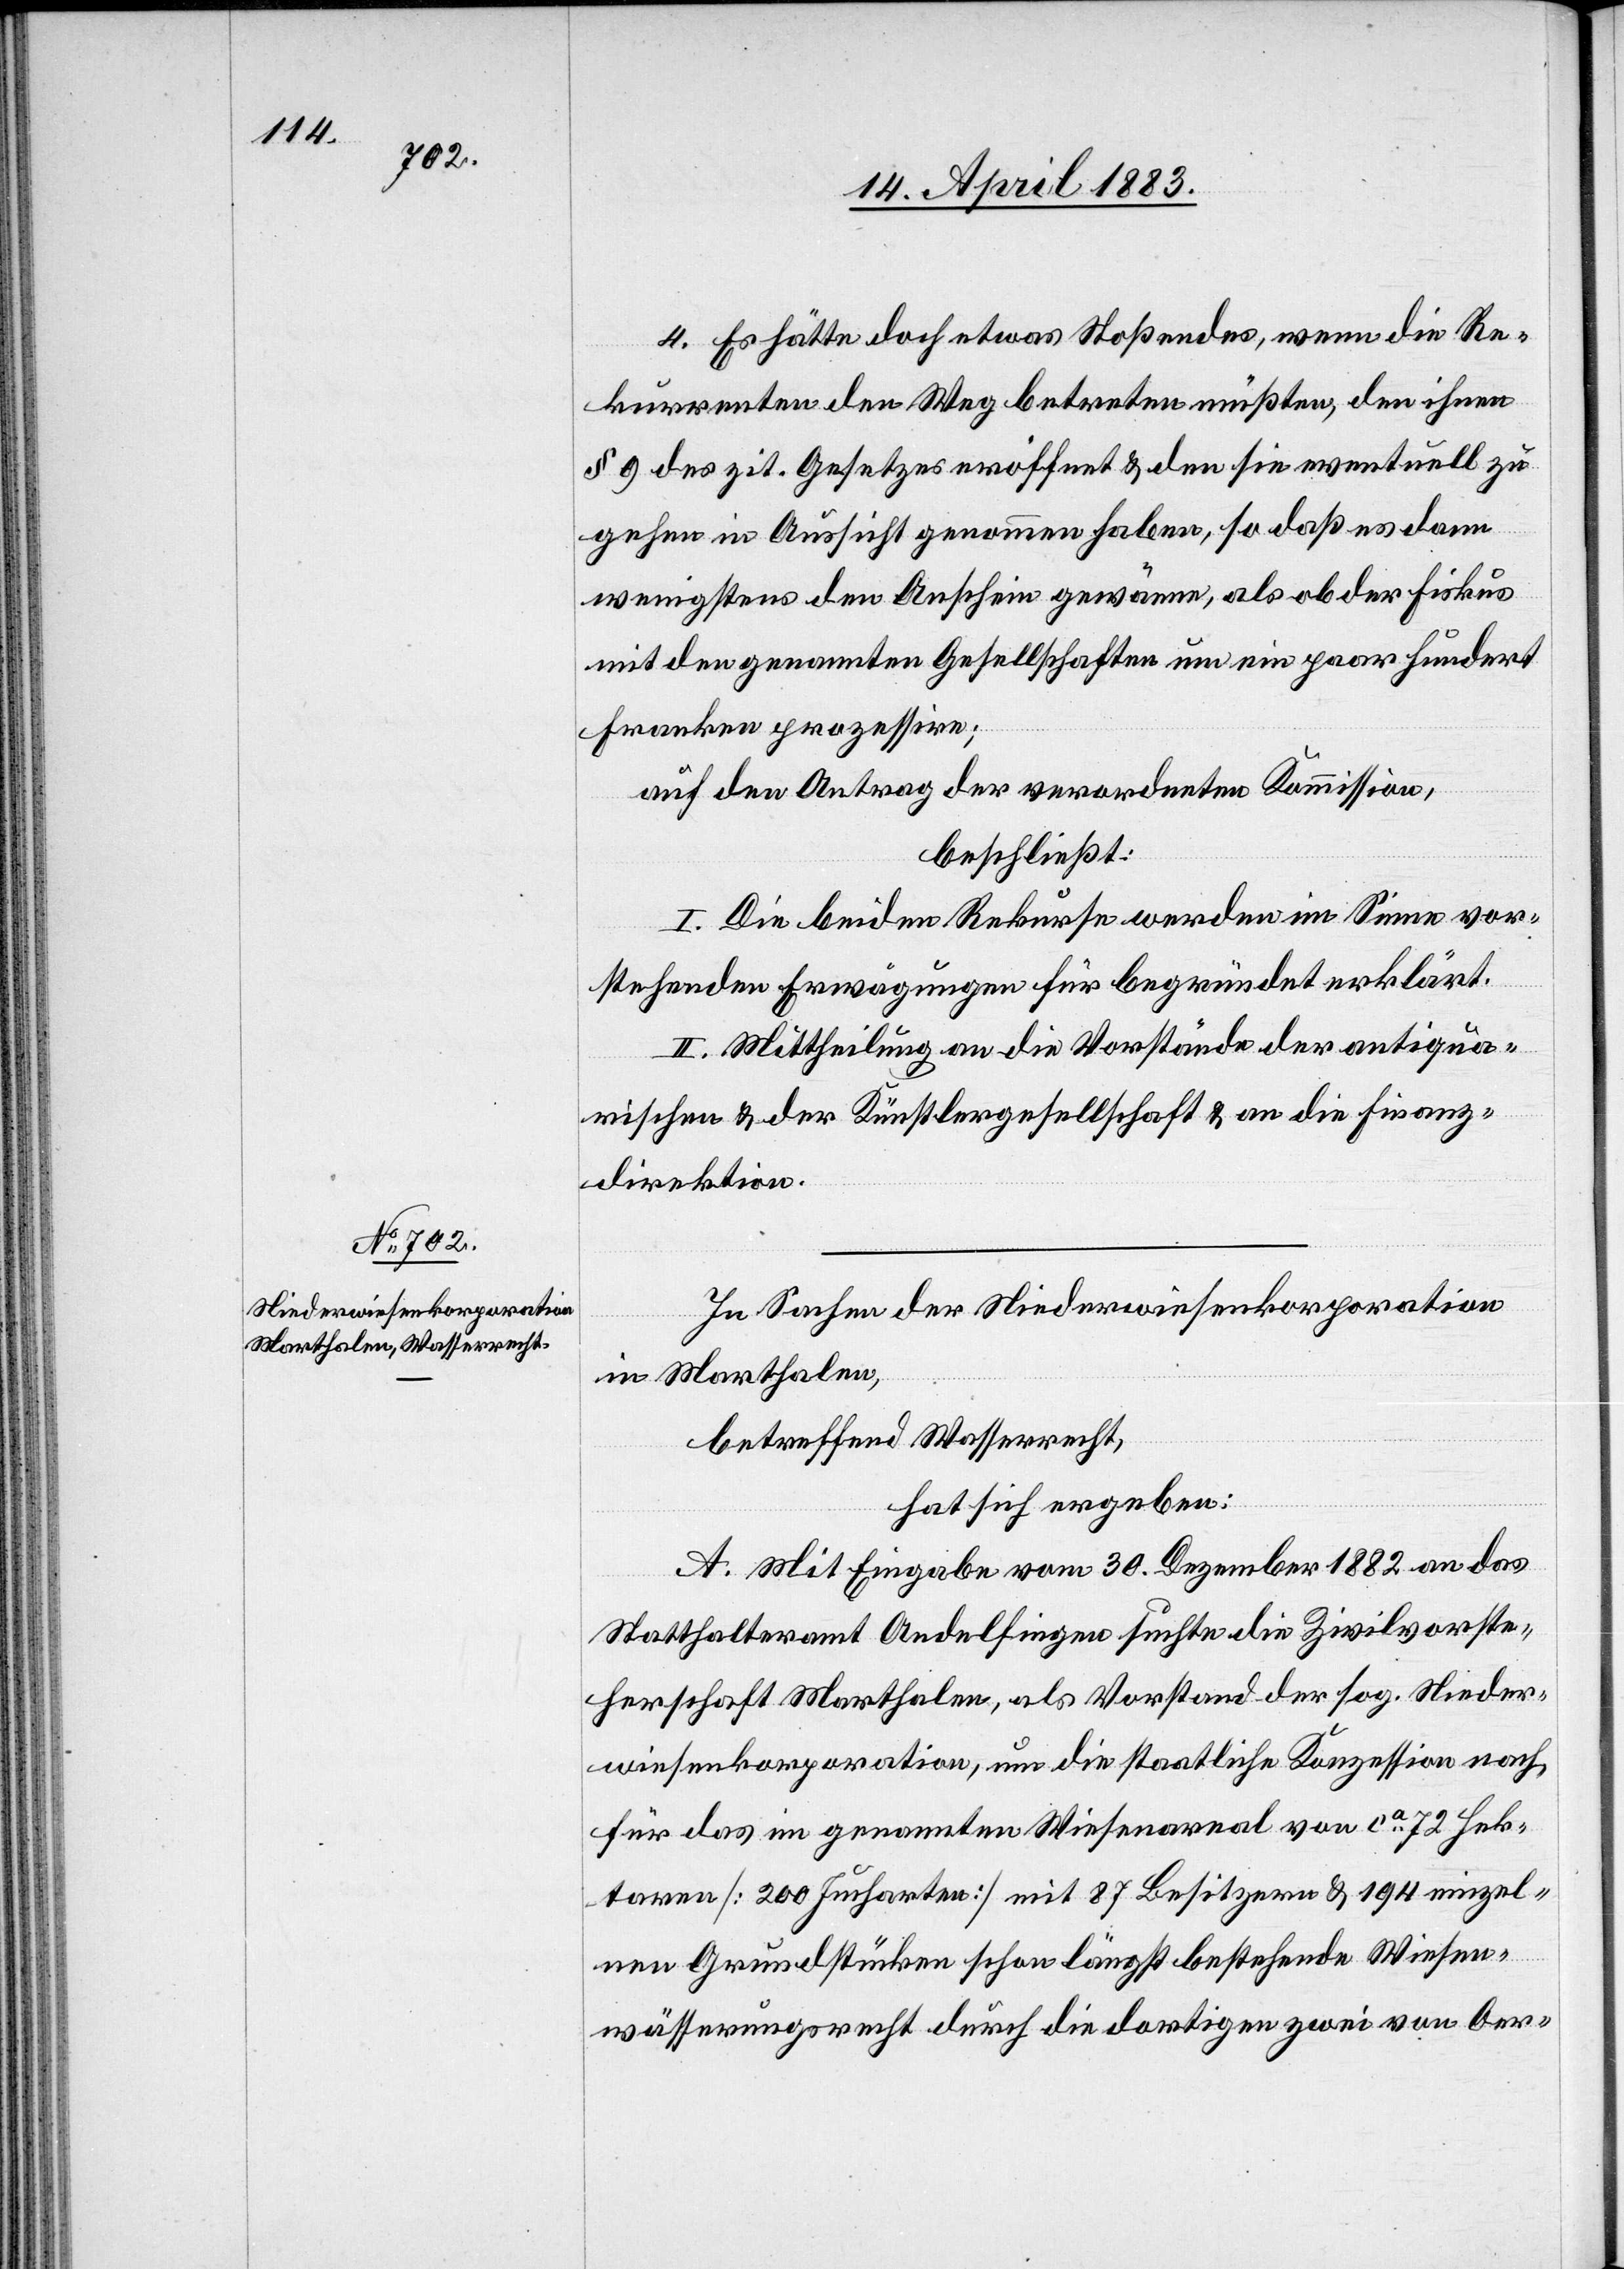
4. Es hätte doch etwas Stoßendes, wenn die Re¬
kurrenten den Weg betreten müßten, den ihnen
§ 9 des zit. Gesetzes eröffnet & den sie eventuell zu
gehen in Aussicht genommen haben, so daß es dann
wenigstens den Anschein gewänne, als ob der Fiskus
mit den genannten Gesellschaften um ein paar hundert
Franken prozessire;
auf den Antrag der verordneten Kommission,
beschließt:
I. Die beiden Rekurse werden im Sinne vor¬
stehenden Erwägungen für begründet erklärt.
II. Mittheilung an die Vorstände der antiqua¬
rischen & der Künstlergesellschaft & an die Finanz¬
direktion.
In Sachen der Niederwiesenkorporation
in Marthalen,
betreffend Wasserrecht,
hat sich ergeben:
A. Mit Eingabe vom 30. Dezember 1882 an das
Statthalteramt Andelfingen suchte die Zivilvorste¬
herschaft Marthalen, als Vorstand der sog. Nieder¬
wiesenkorporation, um die staatliche Konzession nach
für das im genannten Wiesenareal von ca 72 Hek¬
taren [200 Jucharten] mit 87 Besitzern & 194 einzel¬
nen Grundstücken schon längst bestehende Wiesen¬
wässerungsrecht durch die dortigen zwei von Oer-